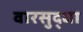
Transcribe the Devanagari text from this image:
वारसुद्धा